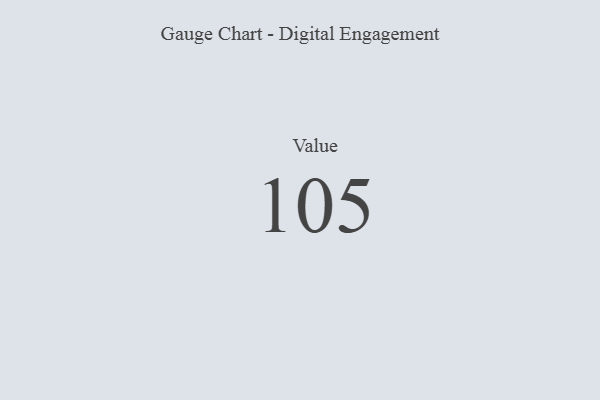
{"axis": {"x": "Metric", "y": "Value"}, "legend": [""], "data": [{"x": "Value", "y": 105, "type": ""}]}